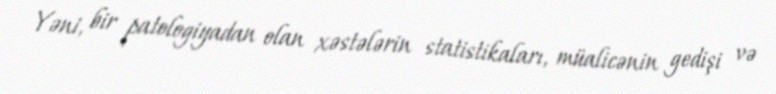
Yəni, bir patologiyadan olan xəstələrin statistikaları, müalicənin gedişi və